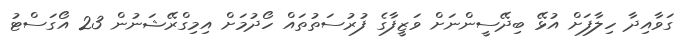
ގަވާއިދާ ހިލާފަށް އުޅޭ ބިދޭސީންނަށް ވަޒީފާގެ ފުރުސަތުތައް ހޯދުމަށް އިމިގްރޭޝަނުން 23 އޯގަސްޓު